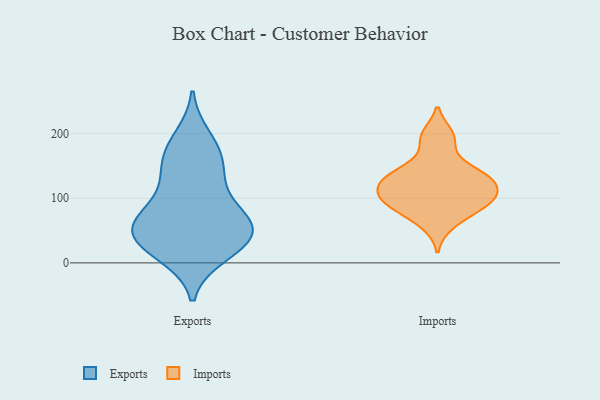
{"axis": {"x": "Website Visitors", "y": "Value"}, "legend": ["Exports", "Imports"], "data": [{"x": "", "y": 194, "type": "Exports"}, {"x": "", "y": 63, "type": "Exports"}, {"x": "", "y": 24, "type": "Exports"}, {"x": "", "y": 168, "type": "Exports"}, {"x": "", "y": 20, "type": "Exports"}, {"x": "", "y": 139, "type": "Exports"}, {"x": "", "y": 44, "type": "Exports"}, {"x": "", "y": 45, "type": "Exports"}, {"x": "", "y": 102, "type": "Exports"}, {"x": "", "y": 132, "type": "Exports"}, {"x": "", "y": 63, "type": "Exports"}, {"x": "", "y": 171, "type": "Exports"}, {"x": "", "y": 13, "type": "Exports"}, {"x": "", "y": 57, "type": "Exports"}, {"x": "", "y": 74, "type": "Exports"}, {"x": "", "y": 49, "type": "Exports"}, {"x": "", "y": 89, "type": "Imports"}, {"x": "", "y": 121, "type": "Imports"}, {"x": "", "y": 197, "type": "Imports"}, {"x": "", "y": 117, "type": "Imports"}, {"x": "", "y": 94, "type": "Imports"}, {"x": "", "y": 102, "type": "Imports"}, {"x": "", "y": 60, "type": "Imports"}, {"x": "", "y": 132, "type": "Imports"}, {"x": "", "y": 100, "type": "Imports"}, {"x": "", "y": 83, "type": "Imports"}, {"x": "", "y": 128, "type": "Imports"}, {"x": "", "y": 141, "type": "Imports"}, {"x": "", "y": 191, "type": "Imports"}, {"x": "", "y": 145, "type": "Imports"}]}